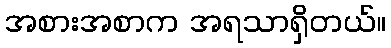
အစားအစာက အရသာရှိတယ်။